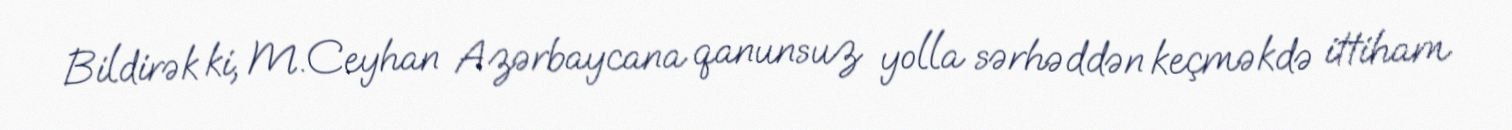
Bildirək ki, M.Ceyhan Azərbaycana qanunsuz yolla sərhəddən keçməkdə ittiham